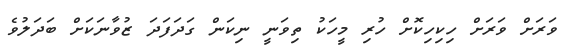
ވަރަށް ވަރަށް ހިކިހިކޮށް ހުރި މީހަކު ތިވަނީ ނިކަން ގަދަފަދަ ޒުވާނަކަށް ބަދަލުވެ